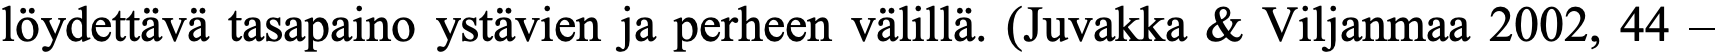
löydettävä tasapaino ystävien ja perheen välillä. (Juvakka & Viljanmaa 2002, 44 –